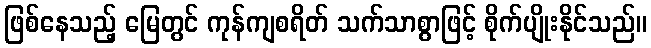
ဖြစ်နေသည့် မြေတွင် ကုန်ကျစရိတ် သက်သာစွာဖြင့် စိုက်ပျိုးနိုင်သည်။